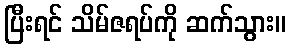
ပြီးရင် သိမ်ဇရပ်ကို ဆက်သွား။